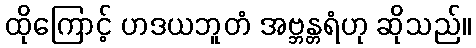
ထိုကြောင့် ဟဒယဘူတံ အဗ္ဘန္တရံဟု ဆိုသည်။